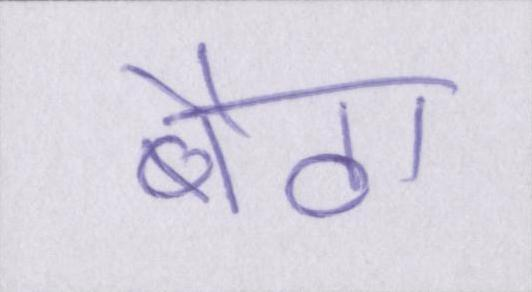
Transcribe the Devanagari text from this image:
बैठा